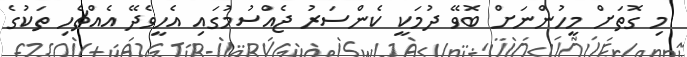
މި ގޮތަށް މީހުންނަށް ބޮވޭ ދުމަކީ ކެންސަރު ޖެއްސުމުގައި އެހީވެދޭ އެއްޗެހި ތަކުގެ